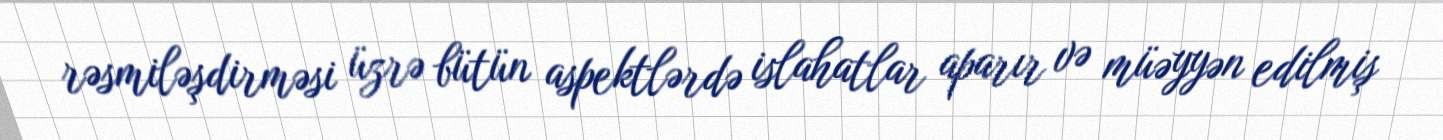
rəsmiləşdirməsi üzrə bütün aspektlərdə islahatlar aparır və müəyyən edilmiş